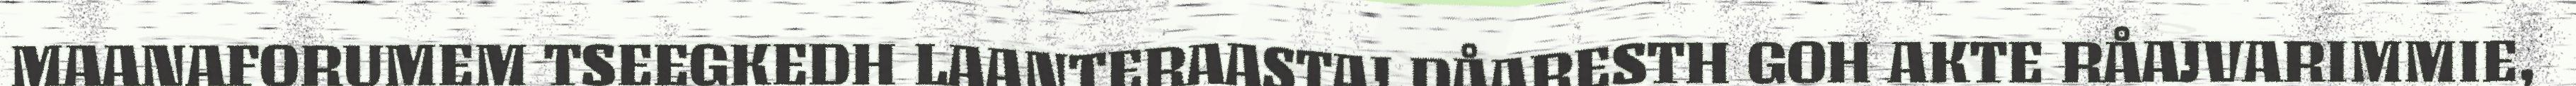
MAANAFORUMEM TSEEGKEDH LAANTERAASTAJ DÅARESTH GOH AKTE RÅAJVARIMMIE,